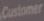
Customer